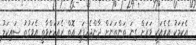
އެކަމަކު އެރެއަކީ ވަރަށް ގިނަ ތަންތަނަށް ދާންޖެހިފައި އޮތް ރެއަކަށްވާތީ އެވަގުތު ސައިކަލު